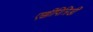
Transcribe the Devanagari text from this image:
एक्कीपित्रिडी